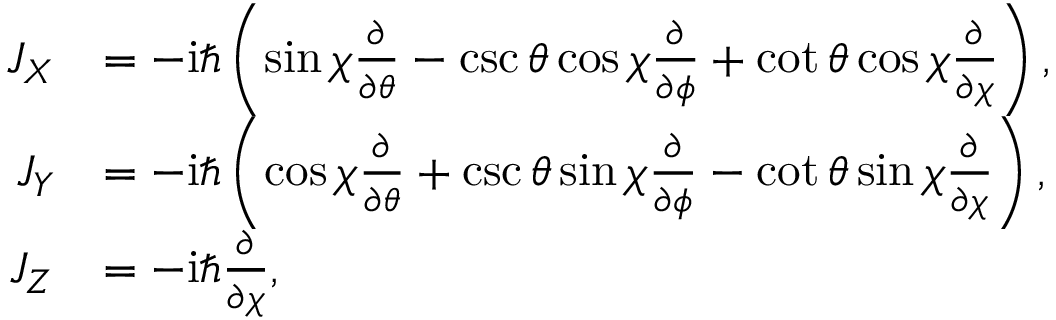
\begin{array} { r l } { J _ { X } } & { = - \mathrm { i } \hbar \left( \sin \chi \frac { \partial } { \partial \theta } - \csc \theta \cos \chi \frac { \partial } { \partial \phi } + \cot \theta \cos \chi \frac { \partial } { \partial \chi } \right) , } \\ { J _ { Y } } & { = - \mathrm { i } \hbar \left( \cos \chi \frac { \partial } { \partial \theta } + \csc \theta \sin \chi \frac { \partial } { \partial \phi } - \cot \theta \sin \chi \frac { \partial } { \partial \chi } \right) , } \\ { J _ { Z } } & { = - \mathrm { i } \hbar \frac { \partial } { \partial \chi } , } \end{array}